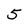
Character: 5